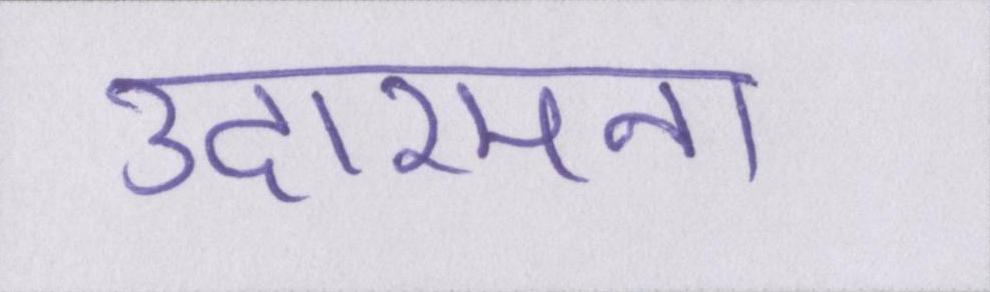
उदारमना